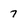
Character: 7